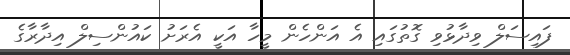
ފައިސަލް ވިދާޅުވި ގޮތުގައި އެ އަންހެން މީހާ އަކީ އެރަށު ކައުންސިލް އިދާރާގެ